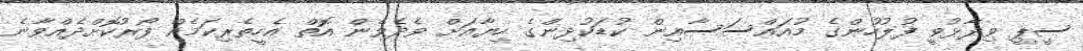
ސީޕީ ވިދާޅުވީ ފުލުހުންގެ މުއައްސަސާއިން ކުޑަކުދިންގެ ހިޔާއަށް ވެދެވެން އޮތް އެހީތެރިކަމެއް ފޯރުކޮށްދެއްވާނެ